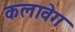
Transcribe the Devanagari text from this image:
कलावेग